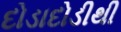
દોડાદોડીથી